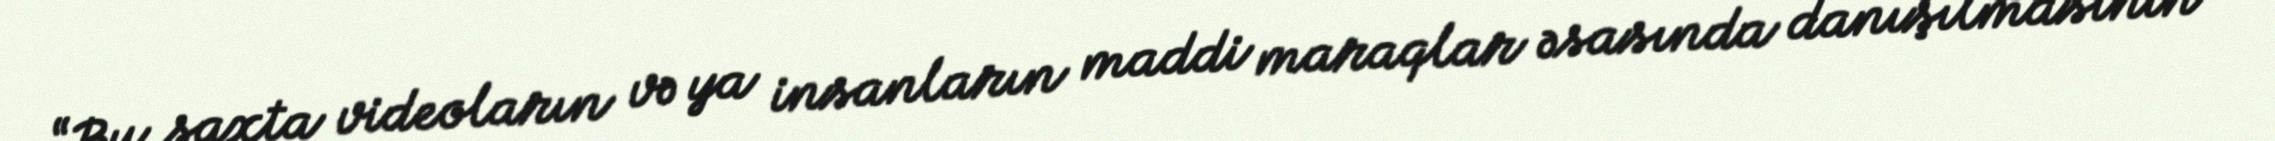
“Bu saxta videoların və ya insanların maddi maraqlar əsasında danışılmasının